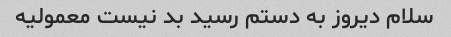
سلام دیروز به دستم رسید بد نیست معمولیه